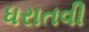
ધરાતવી